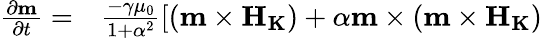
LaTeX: \begin{array}{cc}{\frac{{\partial}{\mathbf{m}}}{{\partial}t}=}&{\frac{-\gamma{\mu}_{0}}{1+{\alpha}^{2}}[({\mathbf{m}}\times{\mathbf{{H}}}_{\mathbf{{K}}})+\alpha{\mathbf{m}}\times({\mathbf{m}}\times{\mathbf{{H}}}_{\mathbf{{K}}})}\end{array}